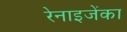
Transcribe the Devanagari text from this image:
रेनाइजेंका